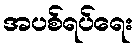
အပစ်ရပ်ရေး